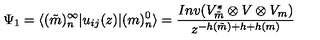
\Psi _ { 1 } = \langle ( \tilde { m } ) _ { n } ^ { \infty } | u _ { i j } ( z ) | ( m ) _ { n } ^ { 0 } \rangle = \frac { I n v ( V _ { \tilde { m } } ^ { \ast } \otimes V \otimes V _ { m } ) } { z ^ { - h ( \tilde { m } ) + h + h ( m ) } }